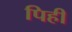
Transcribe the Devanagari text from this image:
पिही